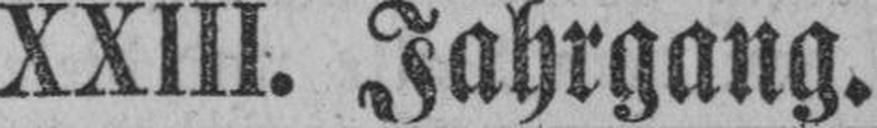
XXIII. Jahrgang.